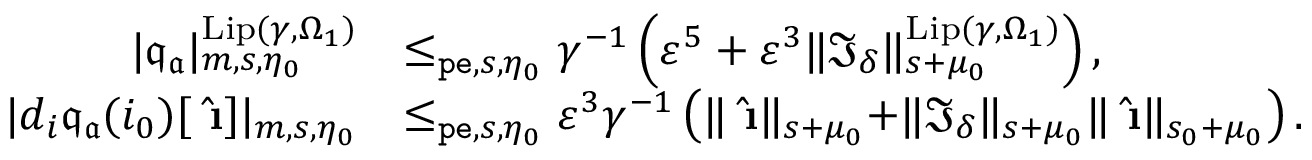
\begin{array} { r l } { | \mathfrak { q } _ { \mathfrak { a } } | _ { m , s , \eta _ { 0 } } ^ { \mathrm { L i p } ( \gamma , \Omega _ { 1 } ) } } & { \le _ { \mathtt { p e } , s , \eta _ { 0 } } \gamma ^ { - 1 } \left( \varepsilon ^ { 5 } + \varepsilon ^ { 3 } \rVert \mathfrak { I } _ { \delta } \rVert _ { s + \mu _ { 0 } } ^ { \mathrm { L i p } ( \gamma , \Omega _ { 1 } ) } \right) , } \\ { | d _ { i } \mathfrak { q } _ { \mathfrak { a } } ( i _ { 0 } ) [ \hat { \textbf { \i } } ] | _ { m , s , \eta _ { 0 } } } & { \le _ { \mathtt { p e } , s , \eta _ { 0 } } \varepsilon ^ { 3 } \gamma ^ { - 1 } \left( \rVert \hat { \textbf { \i } } \rVert _ { s + \mu _ { 0 } } + \rVert \mathfrak { I } _ { \delta } \rVert _ { s + \mu _ { 0 } } \rVert \hat { \textbf { \i } } \rVert _ { s _ { 0 } + \mu _ { 0 } } \right) . } \end{array}